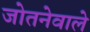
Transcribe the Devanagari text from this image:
जोतनेवाले